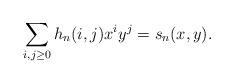
LaTeX: \begin{align*}\sum_{i,j\geq 0}h_n(i,j)x^iy^j=s_n(x,y).\end{align*}